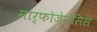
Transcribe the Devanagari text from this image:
मार्फोजेनेसिस